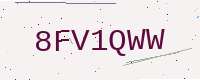
Text: 8FV1QWW